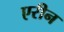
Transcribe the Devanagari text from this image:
एरीन